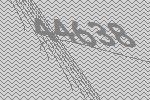
44638